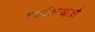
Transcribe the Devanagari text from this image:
गंधर्वकन्याओं